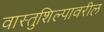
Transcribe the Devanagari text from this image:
वास्तुशिल्पावरील